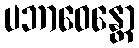
ပဘာဝေန္တော